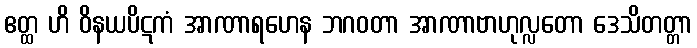
ဧတ္ထ ဟိ ဝိနယပိဋကံ အာဏာရဟေန ဘဂဝတာ အာဏာဗာဟုလ္လတော ဒေသိတတ္တာ